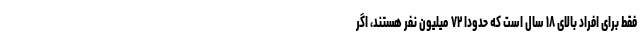
فقط برای افراد بالای ۱۸ سال است که حدوداً ۷۲ میلیون نفر هستند، اگر